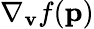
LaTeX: \nabla_{\mathbf{v}}f(\mathbf{p})